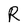
Character: R